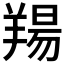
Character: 𦎪